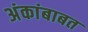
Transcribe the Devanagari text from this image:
अंकांबाबत